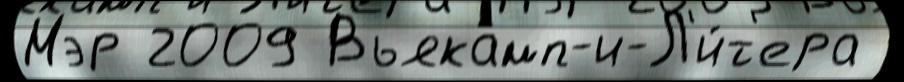
Мэр 2009 Вьякамп-и-Л'и́т'ера